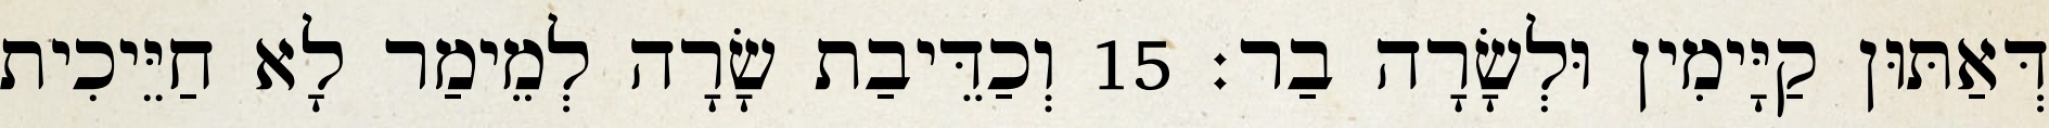
דְּאַתּוּן קַיָּימִין וּלְשָׂרָה בַר׃ 15 וְכַדֵּיבַת שָׂרָה לְמֵימַר לָא חַיֵּיכִית